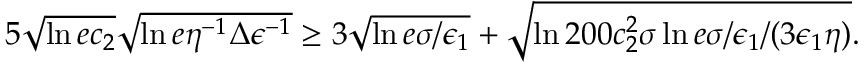
\begin{array} { r } { 5 \sqrt { \ln { e c _ { 2 } } } \sqrt { \ln { e \eta ^ { - 1 } \Delta \epsilon ^ { - 1 } } } \ge 3 \sqrt { \ln { e \sigma / \epsilon _ { 1 } } } + \sqrt { \ln { 2 0 0 c _ { 2 } ^ { 2 } \sigma \ln { e \sigma / \epsilon _ { 1 } } / ( 3 \epsilon _ { 1 } \eta ) } } . } \end{array}